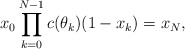
\begin{align*}x_0 \prod \limits_{k=0}^{N-1} c(\theta_k)(1-x_k) = x_N,\end{align*}